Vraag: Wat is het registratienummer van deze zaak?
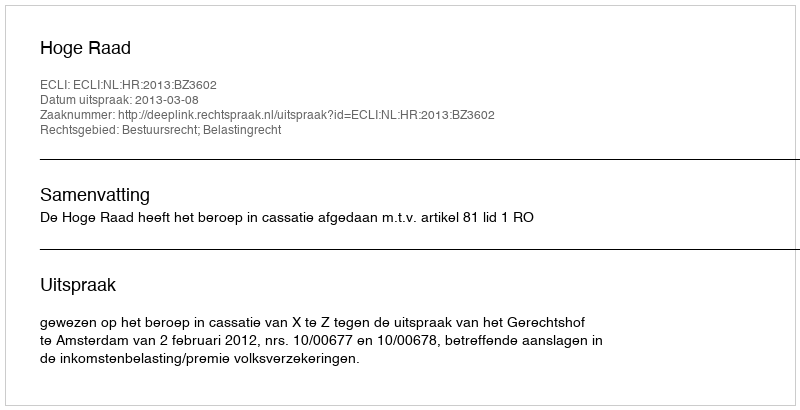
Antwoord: http://deeplink.rechtspraak.nl/uitspraak?id=ECLI:NL:HR:2013:BZ3602